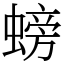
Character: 螃